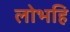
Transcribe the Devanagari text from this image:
लोभहि